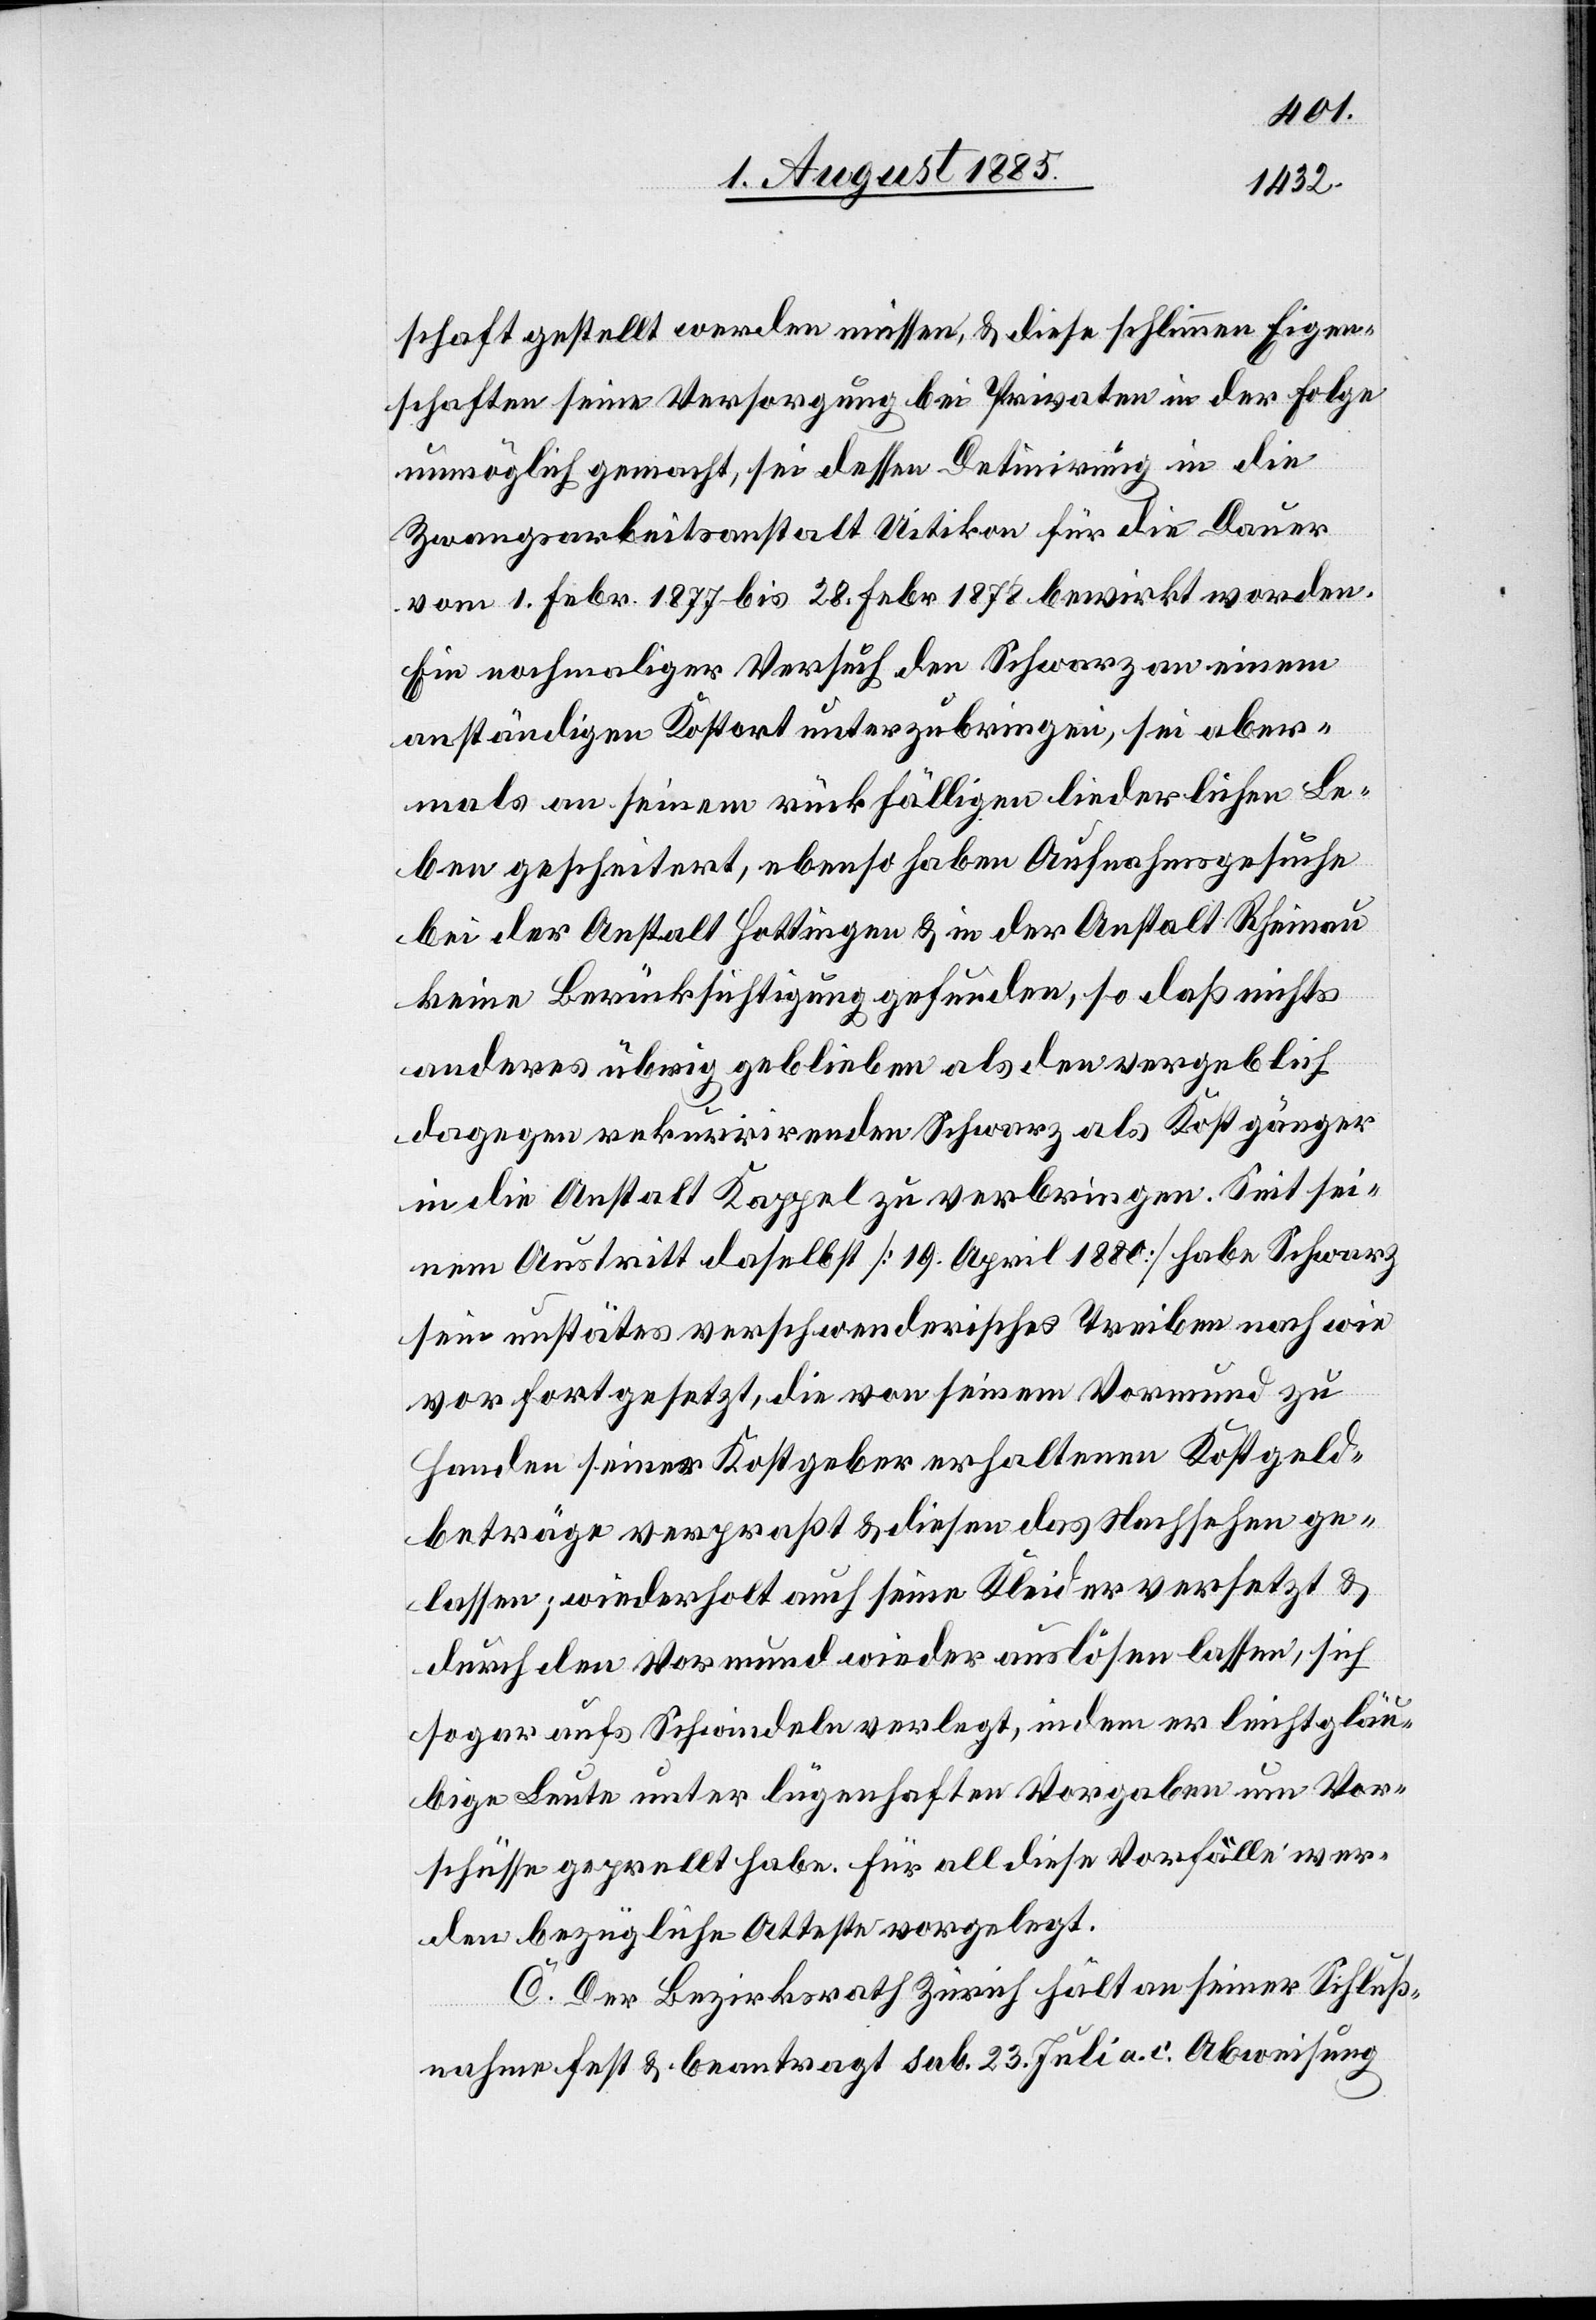
schaft gestellt werden müssen & diese schlimmen Eigen¬
schaften seine Versorgung bei Privaten in der Folge
unmöglich gemacht, sei dessen Detinirung in die
Zwangsarbeitsanstalt Uitikon für die Dauer
vom 1. Febr. 1877 bis 28. Febr. 1878 bewirkt worden.
Ein nochmaliger Versuch den Schwarz an einem
anständigen Kostort unterzubringen, sei aber¬
mals an seinem rückfälligen liederlichen Le¬
ben gescheitert, ebenso haben Aufnahmsgesuche
bei der Anstalt Hottingen & in der Anstalt Rheinau
keine Berücksichtigung gefunden, so daß nichts
anderes übrig geblieben als den vergeblich
dagegen rekurrirenden Schwarz als Kostgänger
in die Anstalt Kappel zu verbringen. Seit sei¬
nem Austritt daselbst [19. April 1880] habe Schwarz
sein unstätes verschwenderisches Treiben nach wie
vor fortgesetzt, die von seinem Vormund zu
Handen seiner Kostgeber erhaltenen Kostgeld¬
beträge verpraßt & diesen als Nachsehen ge¬
lassen; wiederholt auch seine Kleider versetzt &
durch den Vormund wieder auslösen lassen, sich
sogar aufs Schwindeln verlegt, indem er leicht gläu¬
bige Leute unter lügenhaften Vorgaben um Vor¬
schüsse geprellt habe. Für all diese Vorfälle wer¬
den bezügliche Atteste vorgelegt.
C. Der Bezirksrath Zürich hält an seiner Schluß¬
nahme fest & beantragt sub. 23. Juli a. c. Abweisung